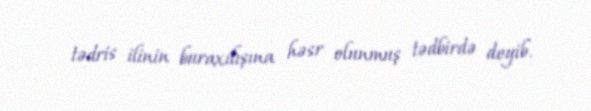
tədris ilinin buraxılışına həsr olunmuş tədbirdə deyib.